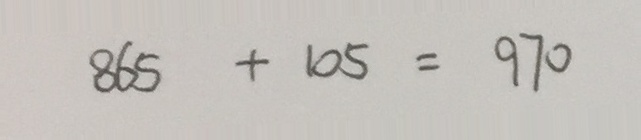
8 6 5 + 1 0 5 = 9 7 0